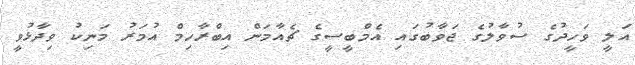
އަލީ ވަހީދުގެ ސުވާލުގެ ޖަވާބުގައި އެމްބީސީގެ ޗެއާމަން އިބްރާހިމް އުމަރު މަނިކު ވިދާޅުވީ